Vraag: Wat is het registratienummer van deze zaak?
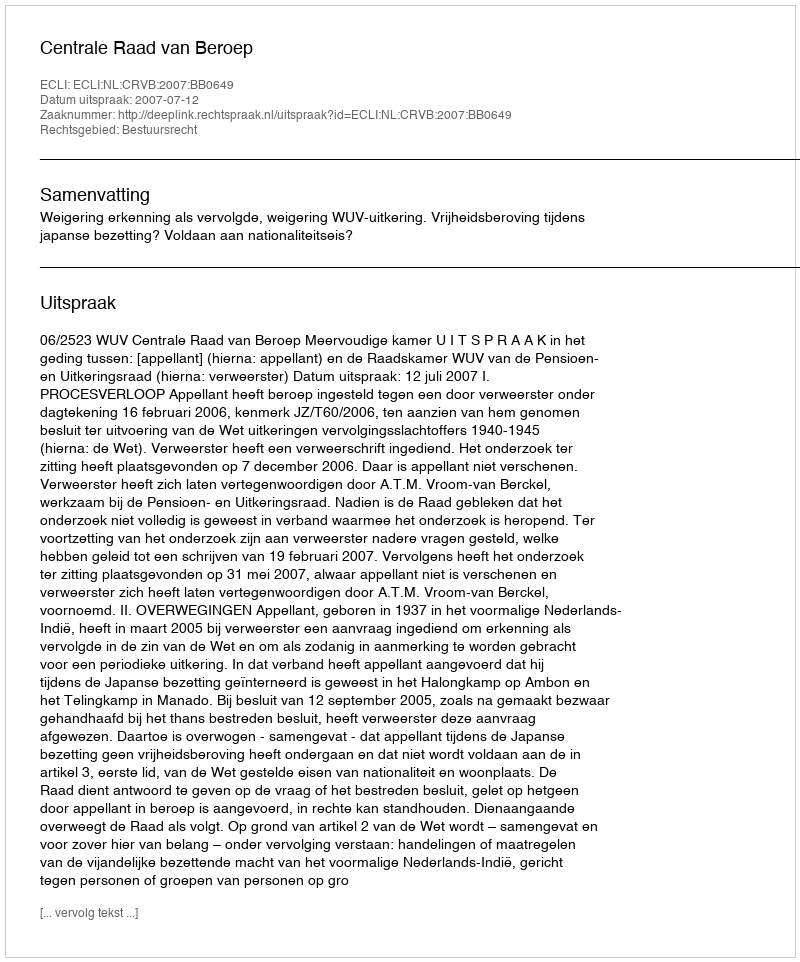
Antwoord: http://deeplink.rechtspraak.nl/uitspraak?id=ECLI:NL:CRVB:2007:BB0649